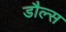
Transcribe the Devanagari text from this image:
डौल्स